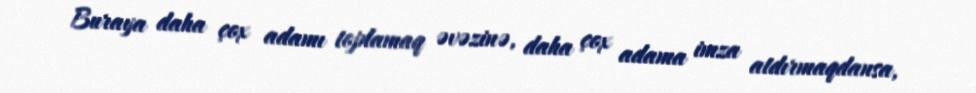
Buraya daha çox adamı toplamaq əvəzinə, daha çox adama imza atdırmaqdansa,